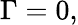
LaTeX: \Gamma=0,